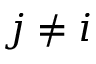
j \ne i